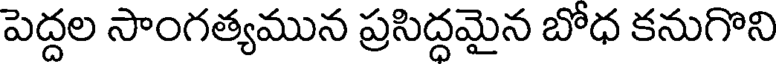
పెద్దల సాంగత్యమున ప్రసిద్దమైన బోధ కనుగొని